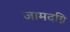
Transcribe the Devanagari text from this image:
जामदग्नि